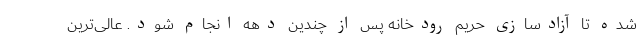
شده تا آزادسازی حریم رودخانه پس از چندین دهه انجام شود. عالی‌ترین